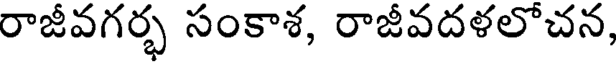
రాజీవగర్భ సంకాశ, రాజీవదళలోచన,